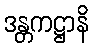
ဒန္တကဋ္ဌာနိ